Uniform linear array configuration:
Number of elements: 32
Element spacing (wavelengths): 0.75
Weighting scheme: hamming
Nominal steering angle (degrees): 60
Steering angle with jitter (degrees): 58.592
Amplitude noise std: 0.05
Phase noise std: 0.05

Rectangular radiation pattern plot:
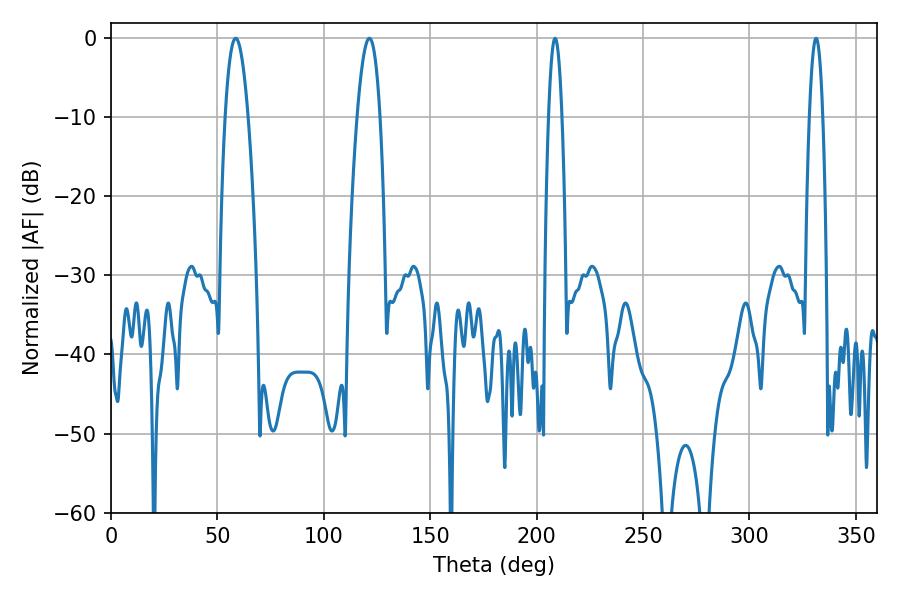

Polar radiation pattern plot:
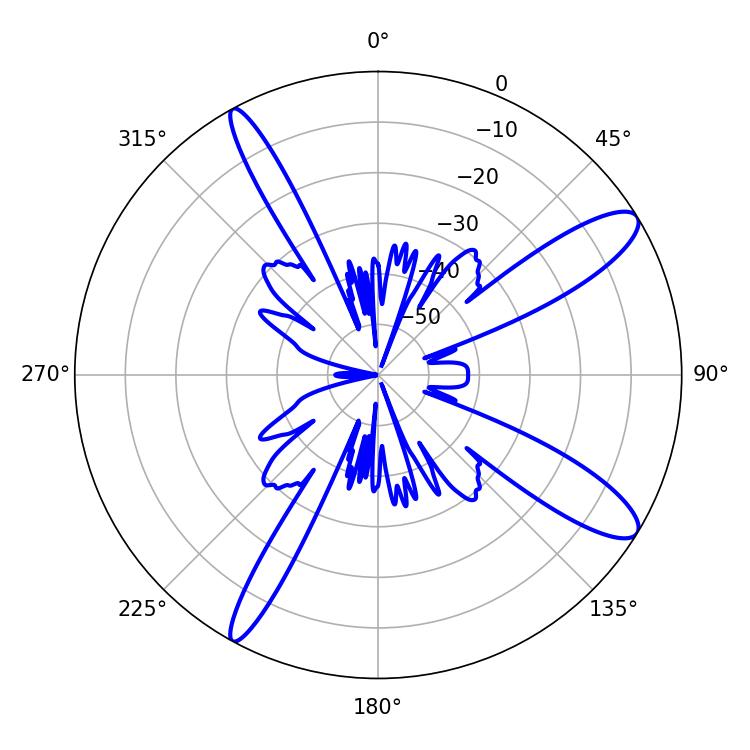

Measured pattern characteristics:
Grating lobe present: TRUE
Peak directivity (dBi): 11.945
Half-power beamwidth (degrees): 5.94
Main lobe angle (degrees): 58.68